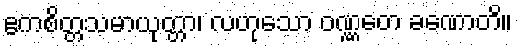
ဧကစိတ္တသမာယုတ္တာ၊ လဟုသော ဝဏ္ဏတေ ခဏောတိ။